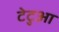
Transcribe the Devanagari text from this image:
टेटुआ